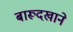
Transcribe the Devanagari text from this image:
बारूदखाने